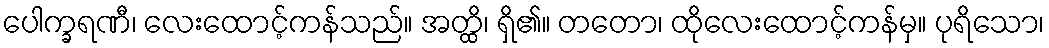
ပေါက္ခရဏီ၊ လေးထောင့်ကန်သည်။ အတ္ထိ၊ ရှိ၏။ တတော၊ ထိုလေးထောင့်ကန်မှ။ ပုရိသော၊